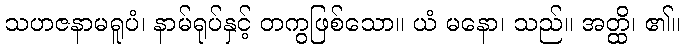
သဟဇနာမရူပံ၊ နာမ်ရုပ်နှင့် တကွဖြစ်သော။ ယံ မနော၊ သည်။ အတ္ထိ၊ ၏။